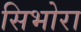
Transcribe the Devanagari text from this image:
सिभोरा